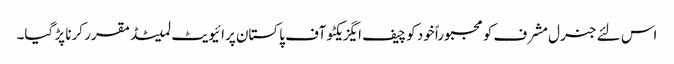
اس لئے جنرل مشرف کو مجبوراً خود کو چیف ایگزیکٹو آف پاکستان پرائیویٹ لمیٹڈ مقرر کرنا پڑ گیا۔